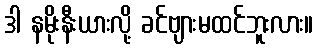
ဒါ နမိုးနီးယားလို့ ခင်ဗျားမထင်ဘူးလား။